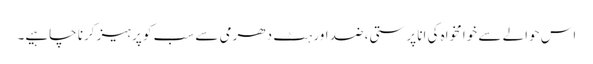
اس حوالے سے خوامخواہ کی انا پرستی، ضد اور ہٹ دھرمی سے سب کو پرہیز کرنا چاہیے۔